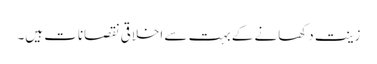
زینت دکھانے کے بہت سے اخلاقی نقصانات ہیں۔